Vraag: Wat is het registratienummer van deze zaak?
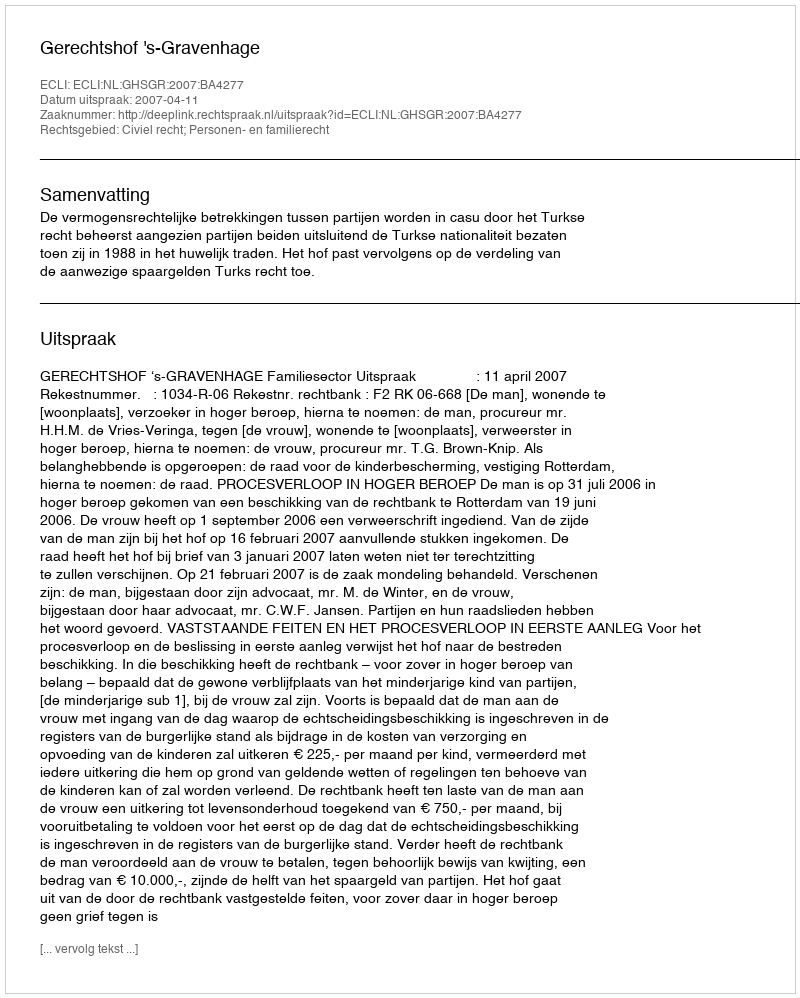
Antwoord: http://deeplink.rechtspraak.nl/uitspraak?id=ECLI:NL:GHSGR:2007:BA4277